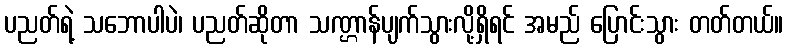
ပညတ်ရဲ့ သဘောပါပဲ၊ ပညတ်ဆိုတာ သဏ္ဌာန်ပျက်သွားလို့ရှိရင် အမည် ပြောင်းသွား တတ်တယ်။